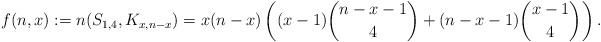
LaTeX: \begin{align*}f(n,x) := n(S_{1,4},K_{x,n-x}) = x(n-x)\left( (x-1)\binom{n-x-1}{4} + (n-x-1)\binom{x-1}{4} \right).\end{align*}